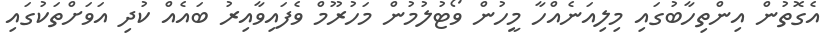
އެގޮތުން އިންތިހާބުގައި މިލިއަނެއްހާ މީހުން ވޯޓުލުމުން މަހުރޫމް ވެފައިވާއިރު ބައެއް ކުދި އަވަށްތަކުގައި